Annual statistical returns and brief notes on vaccination in Bengal - 1909-1929
Year: 1909
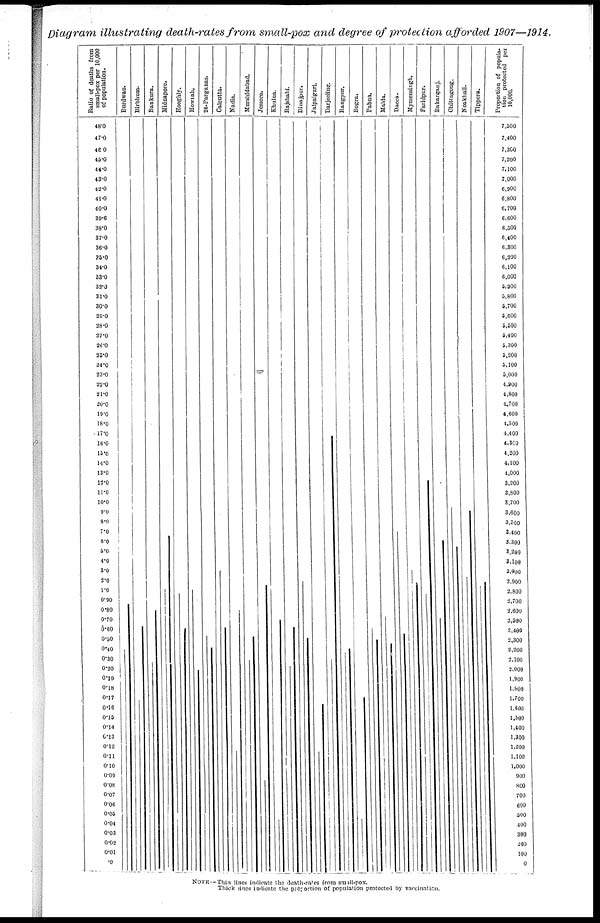
Diagram illustrating death-rates from small-pox and degree of protection afforded 1907—1914.
NOTE—Thin lines indicate the death-rates from small-pox.
Thick lines indicate the proportion of population protected by vaccination.